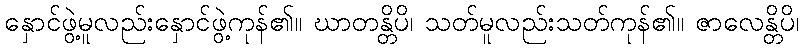
နှောင်ဖွဲ့မူလည်းနှောင်ဖွဲ့ကုန်၏။ ဃာတန္တိပိ၊ သတ်မူလည်းသတ်ကုန်၏။ ဇာလေန္တိပိ၊